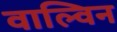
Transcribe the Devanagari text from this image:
वाल्विन